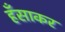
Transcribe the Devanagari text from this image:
हँसाकर